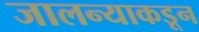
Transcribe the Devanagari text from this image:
जालन्याकडून